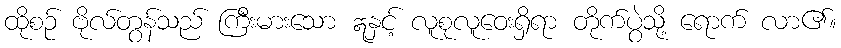
ထိုစဉ် ဗိုလ်တွန်သည် ကြီးမားသော ဣနှင့် လူစုလူဝေးရှိရာ တိုက်ပွဲသို့ ရောက် လာ၏။